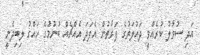
އަދި ސުވާލު ކުރެއްވީ ދައުލަތުގެ ފަރާތުން އެފަދަ އެއްޗެއް ބުނުމުގެ ހައްގު ލިބިދެނީ